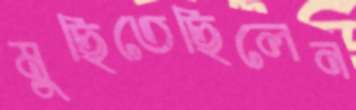
মুছিতেছিলেন